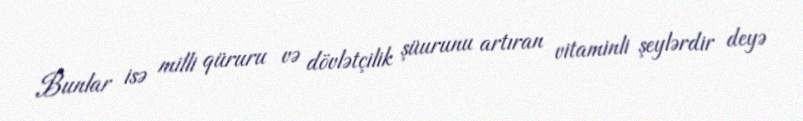
Bunlar isə milli qüruru və dövlətçilik şüurunu artıran vitaminli şeylərdir deyə